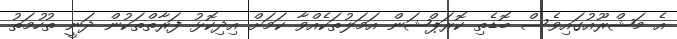
އެ މަޝްރޫއުގައިވެސް ބޮޑެތި ކޮރަޕްޝަން އަމަލުތަކެއްވާ ކަމަށް އިދިކޮޅު ފަރާތްތަކުން ދަނީ ތުހުމަތު